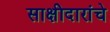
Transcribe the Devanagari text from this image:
साक्षीदारांचे